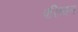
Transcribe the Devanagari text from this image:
परिष्कर